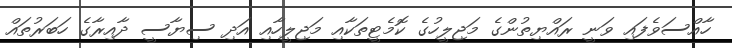
ހާއްސަވެފައި ވަނީ ރައްޔިތުންގެ މަޖިލީހުގެ ކޮމެޓީތަކާއި މަޖިލީހާއި އަދި ސިޔާސީ ދާއިރާގެ ހަބަރުތައް